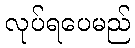
လုပ်ရပေမည်